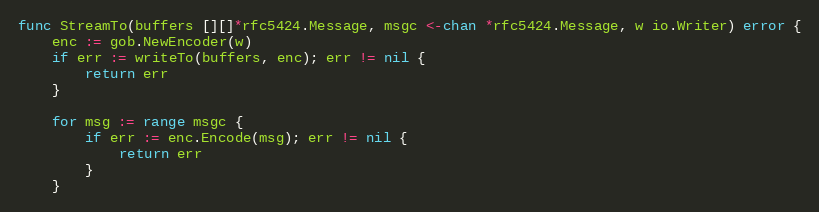
Language: Go
func StreamTo(buffers [][]*rfc5424.Message, msgc <-chan *rfc5424.Message, w io.Writer) error {
	enc := gob.NewEncoder(w)
	if err := writeTo(buffers, enc); err != nil {
		return err
	}

	for msg := range msgc {
		if err := enc.Encode(msg); err != nil {
			return err
		}
	}